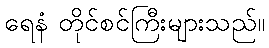
ရေနံ တိုင်စင်ကြီးများသည်။